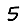
Digit: 5